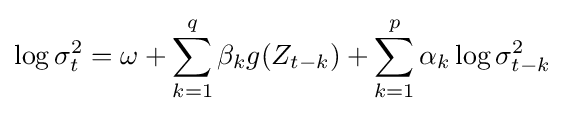
\log \sigma _{t}^{2}=\omega +\sum _{k=1}^{q}\beta _{k}g(Z_{t-k})+\sum _{k=1}^{p}\alpha _{k}\log \sigma _{t-k}^{2}